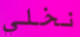
نخلي